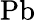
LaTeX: \mathrm{Pb}